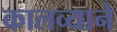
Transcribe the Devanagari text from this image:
कालव्याने